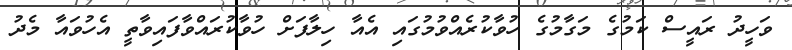
ވަހީދު ރައީސް ކަމުގެ މަގާމުގެ ހުވާކުރެއްވުމުގައި އެއާ ހިލާފަށް ހުވާކުރައްވާފައިވާތީ އެހުވައާ މެދު